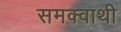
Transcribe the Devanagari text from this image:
समक्वाथी